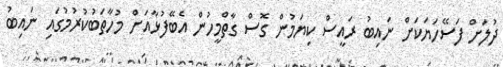
ދުލަށް ފަސޭހަޔަކަށް ނައިބު ރައީސް ކިޔަމުން ގޮސް ގާތްމީހުން އެބޭފުޅާއަށް މުހާތަބުކުރުމުގައި ނައިބު